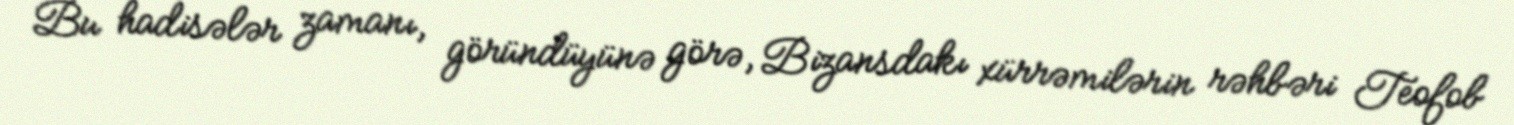
Bu hadisələr zamanı, göründüyünə görə, Bizansdakı xürrəmilərin rəhbəri Teofob